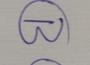
Signature authenticity: genuine